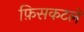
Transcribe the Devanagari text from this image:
फ़िसकटले